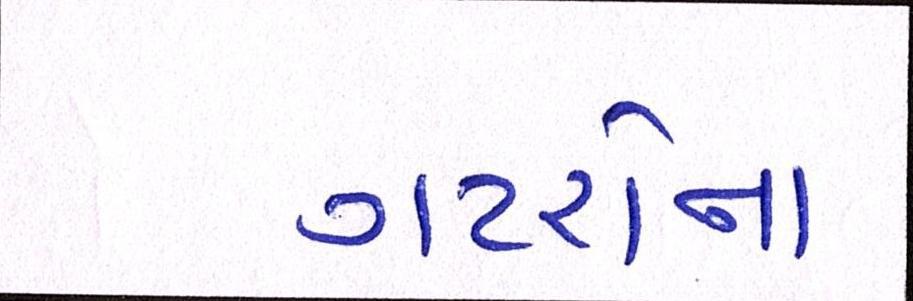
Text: ગટરોના